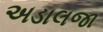
અડાલજા